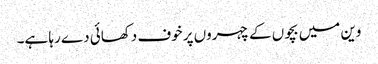
وین میں بچوں کے چہروں پر خوف دکھائی دے رہا ہے۔